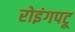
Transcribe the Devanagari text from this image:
रोइंगपटू